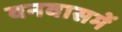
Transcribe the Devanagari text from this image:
वनवासमें